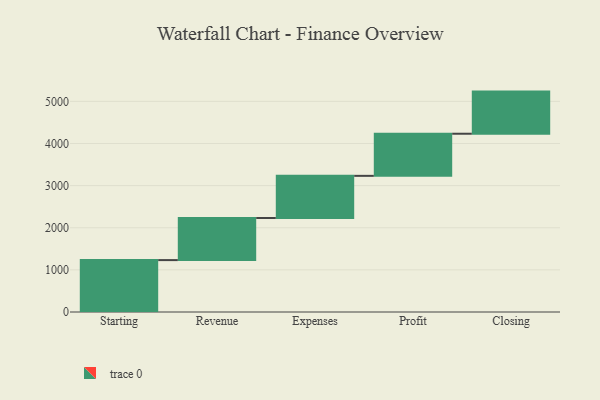
{"axis": {"x": "Step", "y": "Value"}, "legend": [""], "data": [{"x": "Starting", "y": 1232.0, "type": ""}, {"x": "Revenue", "y": 1000, "type": ""}, {"x": "Expenses", "y": 1000, "type": ""}, {"x": "Profit", "y": 1000, "type": ""}, {"x": "Closing", "y": 1000, "type": ""}]}